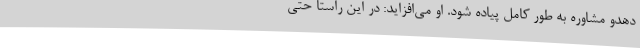
دهدو مشاوره به طور کامل پیاده شود. او می‌افزاید: در این راستا حتی